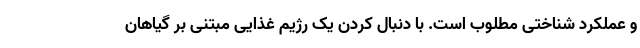
و عملکرد شناختی مطلوب است. با دنبال کردن یک رژیم غذایی مبتنی بر گیاهان